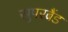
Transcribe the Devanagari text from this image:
सुपरब्रैंड